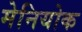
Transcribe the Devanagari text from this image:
मेनियोक